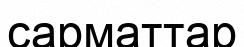
сарматтар